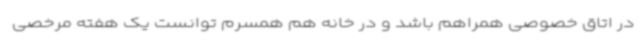
در اتاق خصوصی همراهم باشد و در خانه هم همسرم توانست یک هفته مرخصی